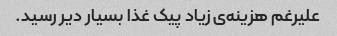
علیرغم هزینه‌ی زیاد پیک غذا بسیار دیر رسید.